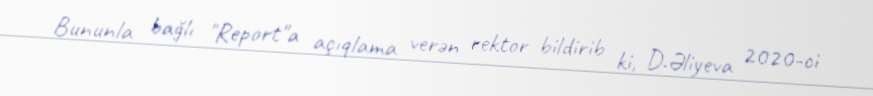
Bununla bağlı "Report"a açıqlama verən rektor bildirib ki, D.Əliyeva 2020-ci